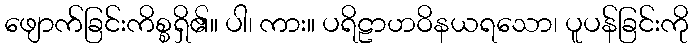
ဖျောက်ခြင်းကိစ္စရှိ၏။ ပါ၊ ကား။ ပရိဠာဟဝိနယရသော၊ ပူပန်ခြင်းကို